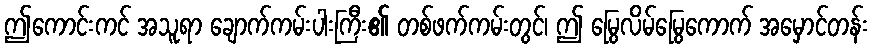
ဤကောင်းကင် အသူရာ ချောက်ကမ်းပါးကြီး၏ တစ်ဖက်ကမ်းတွင်၊ ဤ မြွေလိမ်မြွေကောက် အမှောင်တန်း